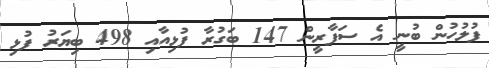
ފުލުހުން ބުނީ އެ ސަފާރީން 147 ބަގުރާ ފުޅިއާއި 498 ބިޔަރު ފުޅި